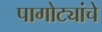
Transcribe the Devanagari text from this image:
पागोट्यांचे